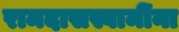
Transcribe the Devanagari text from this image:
रामदासस्वामींना